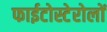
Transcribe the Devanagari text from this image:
फाईटोस्टेरोलों